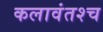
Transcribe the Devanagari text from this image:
कलावंतश्च